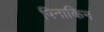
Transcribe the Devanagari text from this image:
पिनाकिन